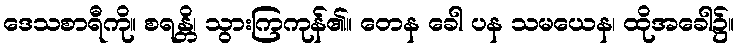
ဒေသစာရီကို။ စရန္တိ၊ သွားကြကုန်၏။ တေန ခေါ ပန သမယေန၊ ထိုအခေါ၌။